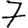
Digit: 7